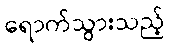
ရောက်သွားသည့်